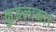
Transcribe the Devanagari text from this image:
कुडंलाकार